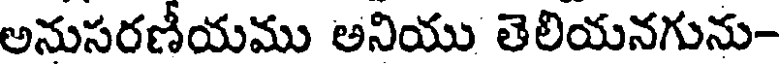
అనుసరణీయము అనియు తెలియనగును-